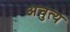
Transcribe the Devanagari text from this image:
अचुत्य